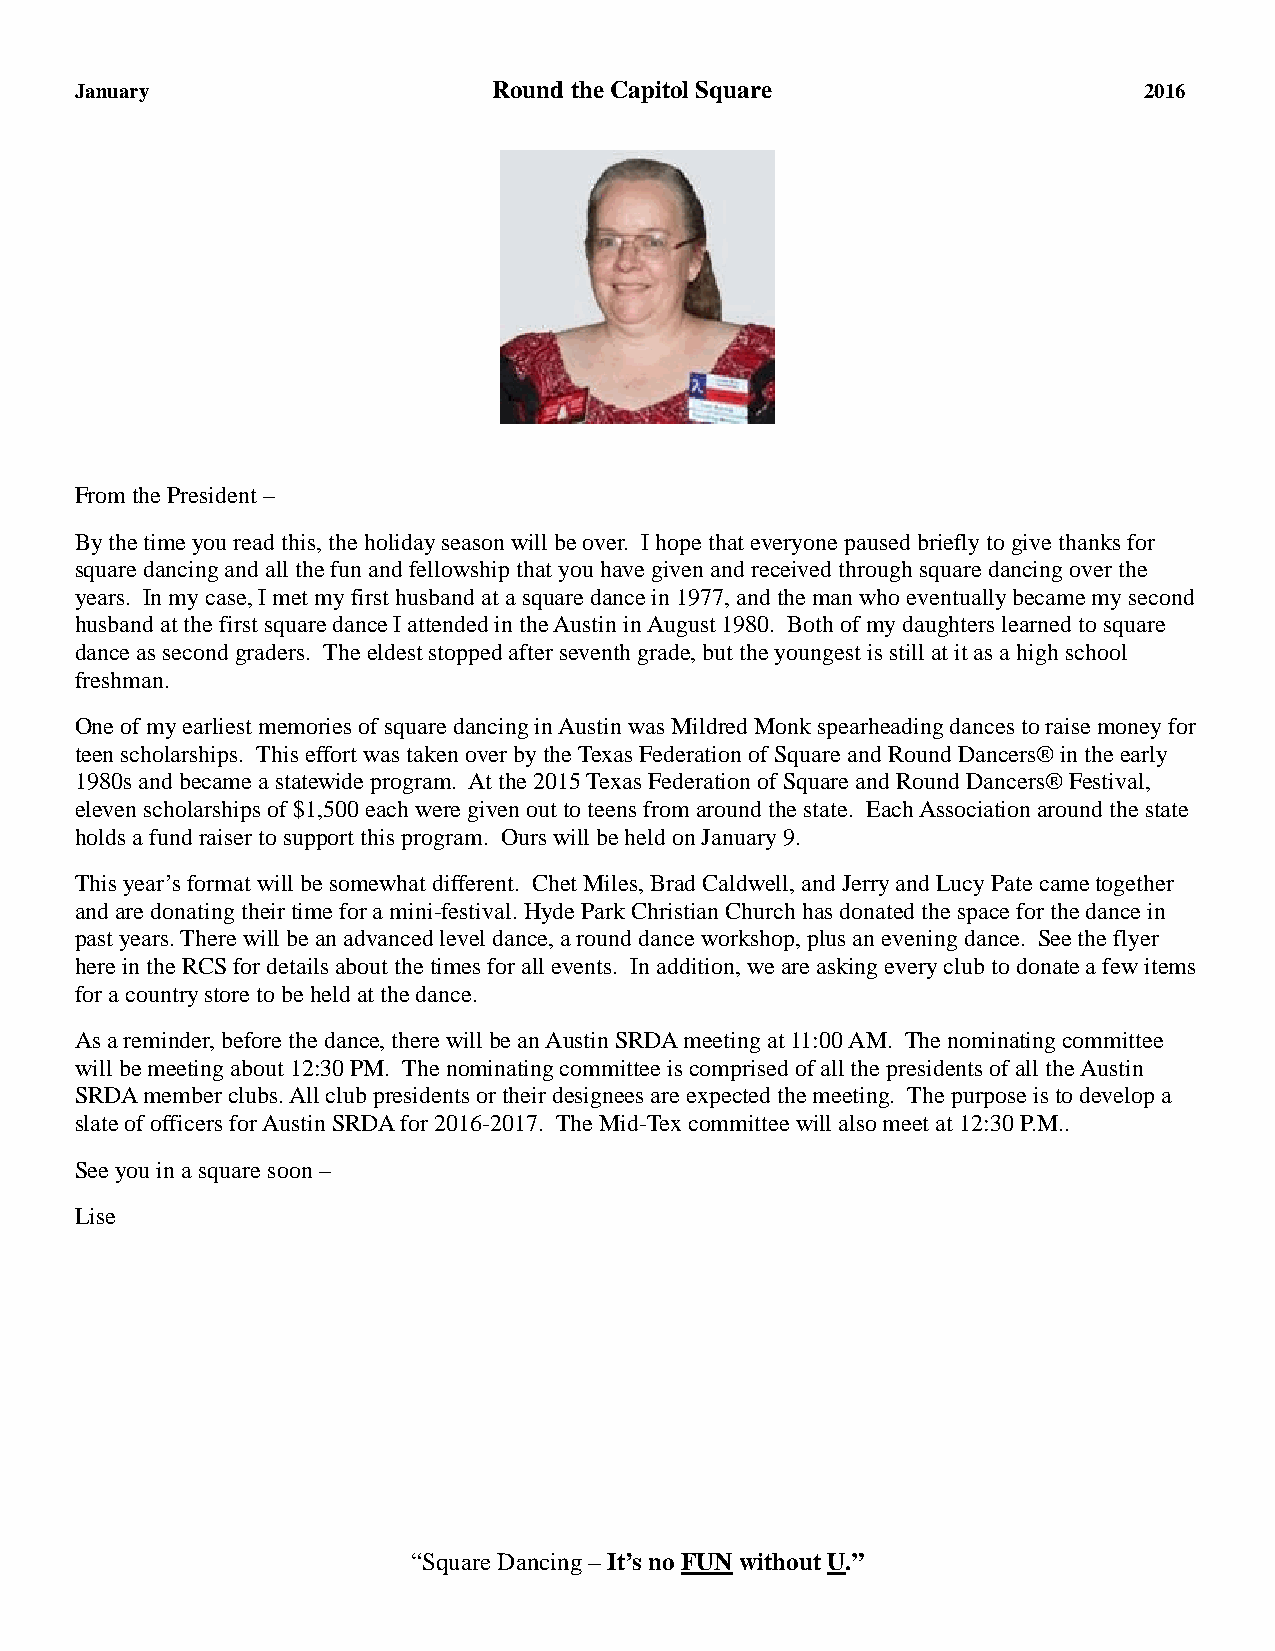
January                     Round the Capitol Square                   2016
 From the President –
 By the time you read this, the holiday season will be over. I hope that everyone paused briefly to give thanks for
 square dancing and all the fun and fellowship that you have given and received through square dancing over the
 years. In my case, I met my first husband at a square dance in 1977, and the man who eventually became my second
 husband at the first square dance I attended in the Austin in August 1980. Both of my daughters learned to square
 dance as second graders. The eldest stopped after seventh grade, but the youngest is still at it as a high school
 freshman.
 One of my earliest memories of square dancing in Austin was Mildred Monk spearheading dances to raise money for
 teen scholarships. This effort was taken over by the Texas Federation of Square and Round Dancers® in the early
 1980s and became a statewide program. At the 2015 Texas Federation of Square and Round Dancers® Festival,
 eleven scholarships of $1,500 each were given out to teens from around the state. Each Association around the state
 holds a fund raiser to support this program. Ours will be held on January 9.
 This year’s format will be somewhat different. Chet Miles, Brad Caldwell, and Jerry and Lucy Pate came together
 and are donating their time for a mini-festival. Hyde Park Christian Church has donated the space for the dance in
 past years. There will be an advanced level dance, a round dance workshop, plus an evening dance. See the flyer
 here in the RCS for details about the times for all events. In addition, we are asking every club to donate a few items
 for a country store to be held at the dance.
 As a reminder, before the dance, there will be an Austin SRDA meeting at 11:00 AM. The nominating committee
 will be meeting about 12:30 PM. The nominating committee is comprised of all the presidents of all the Austin
 SRDA member clubs. All club presidents or their designees are expected the meeting. The purpose is to develop a
 slate of officers for Austin SRDA for 2016-2017. The Mid-Tex committee will also meet at 12:30 P.M..
 See you in a square soon –
 Lise
 “Square Dancing – It’s no FUN without U.”